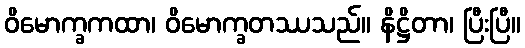
ဝိမောက္ခကထာ၊ ဝိမောက္ခတဿသည်။ နိဋ္ဌိတာ၊ ပြီးပြီ။